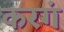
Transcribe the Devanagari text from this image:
करगं